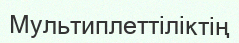
Мультиплеттіліктің